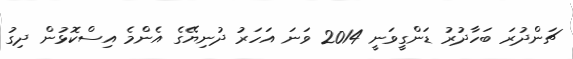
ޗަންދުރަ ބަހާދުރު ޑަންގީވަނީ 2014 ވަނަ އަހަރު ދުނިޔޭގެ އެންމެ އިސްކޮޅުން ދިގު